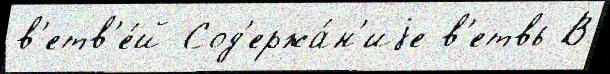
в'етв'е́й Сод'ержа́н'иjе в'етвь В